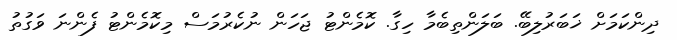
ދިންކަމަށް ޚަބަރުލިބޭ. ބަލަންތިބެމާ ހިގާ. ކޮމެންޓު ޖަހަން ނުކެރުމަސް މިކޮމެންޓު ފެންނަ ވަގުތު